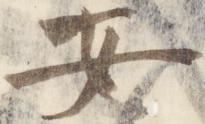
安